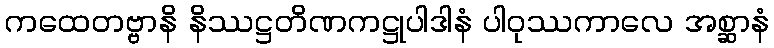
ကထေတဗ္ဗာနိ နိဿဋ္ဌတိဏကဋ္ဌုပါဒါနံ ပါဝုဿကာလေ အစ္ဆာနံ